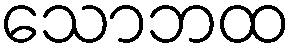
သောဘထ